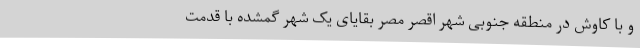
و با کاوش در منطقه جنوبی شهر اقصر مصر بقایای یک شهر گمشده با قدمت